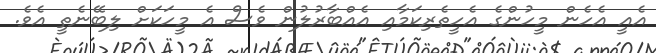
އެއީ އެހެން މީހުންގެ އެހީތެރިކަމާއި އެއްބާރުލުން ވެސް އެ މީހަކަށް ލިބޭނެތީ އެވެ.